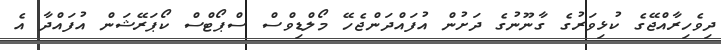
ދިވެހިރާއްޖޭގެ ކުޅިވަރުގެ ގާނޫނުގެ ދަށުން އުފައްދަންޖެހޭ މޯލްޑިވްސް ސްޕޯޓްސް ކޯޕަރޭޝަން އުފައްދާ އެ